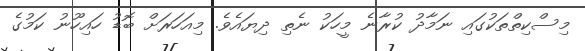
މިސްކިތްތަކުގައި ނަމާދު ކުރާނެ މީހަކު ނެތި ދިޔައެވެ. މިއަހަރަށް ބޮޑު ހައިހޫނު ކަމުގެ